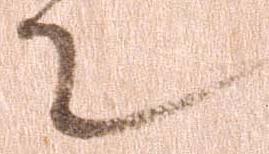
て